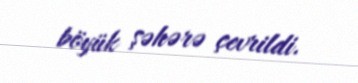
böyük şəhərə çevrildi.